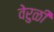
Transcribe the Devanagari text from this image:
वेरुळी